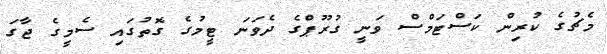
މެޗުގެ ކުރިން ކަސްޓަމްސް ވަނީ ގުރޫޕްގެ ދެވަނަ ޓީމުގެ ގޮތުގައި ސެމީގެ ޖާގަ